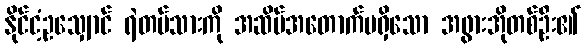
နိုင်ငံ့ဥသျှောင် ရဲတပ်သားကို အဆိပ်အတောက်မရှိသော အဖွားအိုတစ်ဦး၏